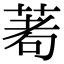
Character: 𦴆